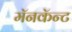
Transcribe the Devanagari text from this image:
मॅनकॅन्ट